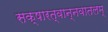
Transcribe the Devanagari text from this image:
सक्षारत्वान्नवातलम्